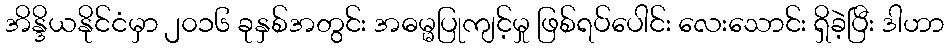
အိန္ဒိယနိုင်ငံမှာ ၂၀၁၆ ခုနှစ်အတွင်း အဓမ္မပြုကျင့်မှု ဖြစ်ရပ်ပေါင်း လေးသောင်း ရှိခဲ့ပြီး ဒါဟာ